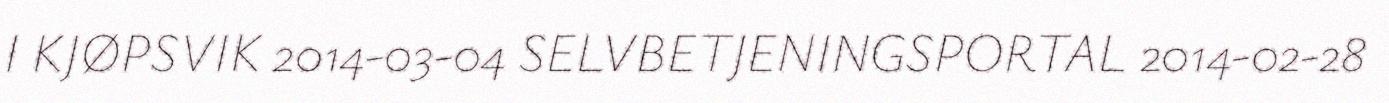
I KJØPSVIK 2014-03-04 SELVBETJENINGSPORTAL 2014-02-28